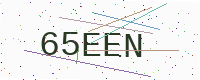
Text: 65EEN